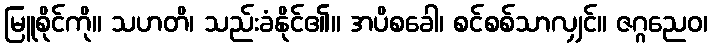
မြူစိုင်ကို။ သဟတိ၊ သည်းခံနိုင်၏။ အပိစခေါ၊ စင်စစ်သာလျှင်။ ဇဂ္ဂညေဝ၊